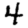
Digit: 4